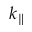
k _ { \parallel }